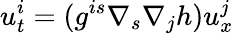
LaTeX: u_{t}^{i}=(g^{is}\nabla_{s}\nabla_{j}h)u_{x}^{j}